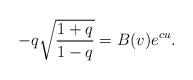
LaTeX: \begin{align*} -q\sqrt{\frac{1+q}{1-q}}=B(v)e^{cu}.\end{align*}